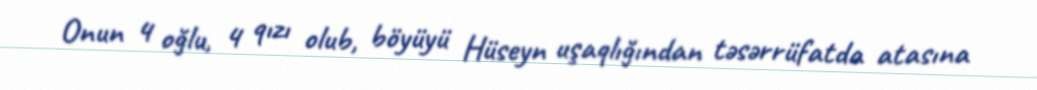
Onun 4 oğlu, 4 qızı olub, böyüyü Hüseyn uşaqlığından təsərrüfatda atasına